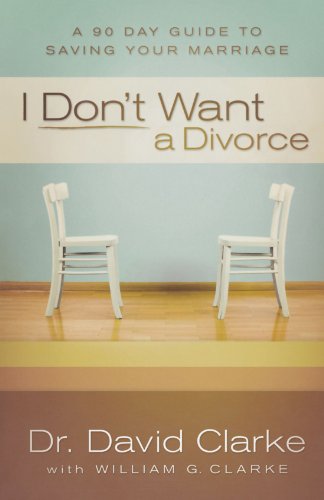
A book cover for I Don't Want a Divorce: A 90 Day Guide to Saving Your Marriage; Dr. David Clarke; Christian Books & Bibles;